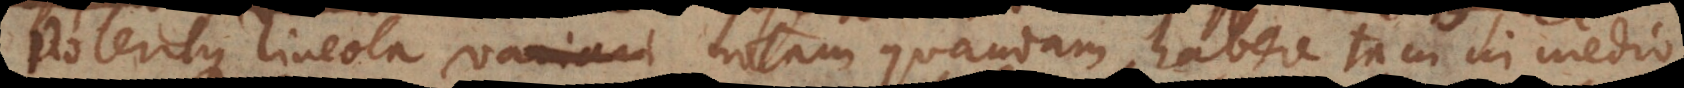
Poteritque lineola notam quandam habere tam in medio